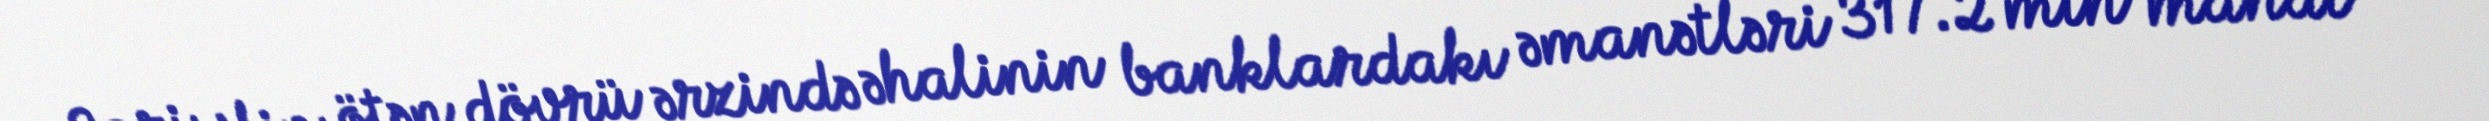
Cari ilin ötən dövrü ərzində əhalinin banklardakı əmanətləri 317.2 min manat və